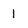
Character: 1